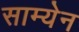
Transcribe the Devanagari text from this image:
साम्येन